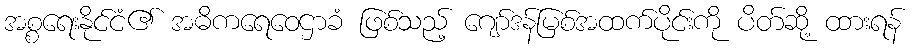
အစ္စရေးနိုင်ငံ၏ အဓိကရေဝေဌာခံ ဖြစ်သည့် ဂျော်ဒန်မြစ်အထက်ပိုင်းကို ပိတ်ဆို့ ထားရန်